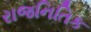
રાજનિતિક